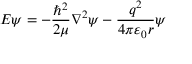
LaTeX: E \psi = - { \frac { \hbar ^ { 2 } } { 2 \mu } } \nabla ^ { 2 } \psi - { \frac { q ^ { 2 } } { 4 \pi \varepsilon _ { 0 } r } } \psi